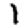
Digit: 1